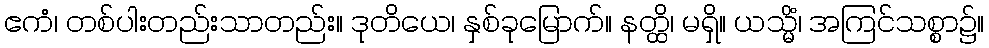
ဧကံ၊ တစ်ပါးတည်းသာတည်း။ ဒုတိယေ၊ နှစ်ခုမြောက်။ နတ္ထိ၊ မရှိ။ ယသ္မိံ၊ အကြင်သစ္စာ၌။